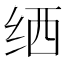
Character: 𬘟